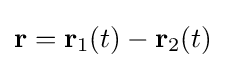
{\textstyle \mathbf {r} =\mathbf {r} _{1}(t)-\mathbf {r} _{2}(t)}